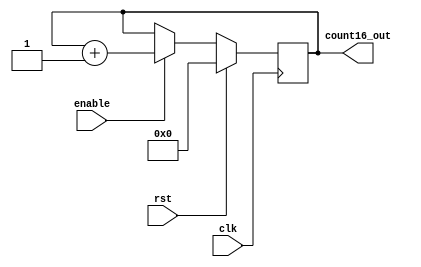
`timescale 1ns / 1ps
//////////////////////////////////////////////////////////////////////////////////
// Company: 
// Engineer: 
// 
// Design Name: 
// Module Name: count16
// Project Name: 
// Target Devices: 
// Tool Versions: 
// Description: 
// 
// Dependencies: 
// 
// Revision:
// Revision 0.01 - File Created
// Additional Comments:
// 
//////////////////////////////////////////////////////////////////////////////////


module count16(
    input clk,
    input enable,
    input rst,
    output [15:0] count16_out
    );
    reg [15:0] c_tmp=16'b0;
    
    always @(posedge clk)
        begin
            if(rst==1'b1)
                c_tmp <= 16'b0;
            else if(enable==1'b1)
                c_tmp <= c_tmp + 1'b1;
        end
 
    assign count16_out = c_tmp;
endmodule